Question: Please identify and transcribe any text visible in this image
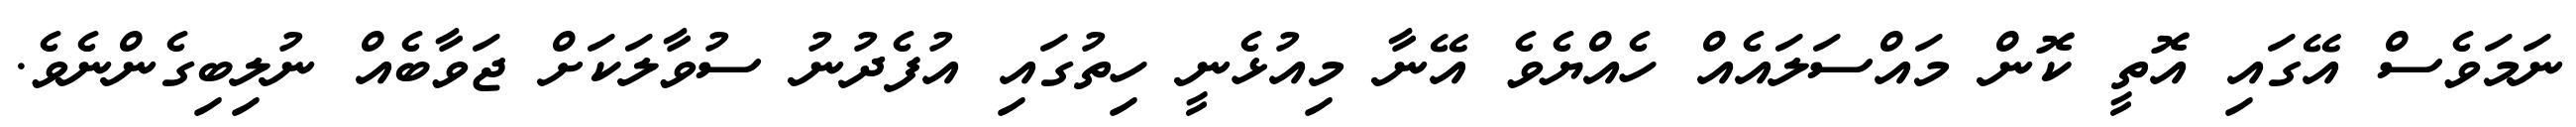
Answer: ނަމަވެސް އޭގައި އޮތީ ކޮން މައްސަލައެއް ހެއްޔެވެ އޭނާ މިއުޅެނީ ހިތުގައި އުފެދުނު ސުވާލަކަށް ޖަވާބެއް ނުލިބިގެންނެވެ.